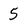
Character: 5